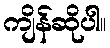
ကျိန်ဆိုပါ။